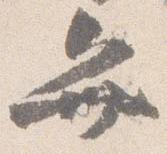
弁